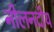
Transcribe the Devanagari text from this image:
नीलनदीय